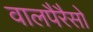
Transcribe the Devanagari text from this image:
वालपैरैसो